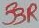
Text: 33R